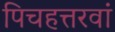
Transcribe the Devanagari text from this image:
पिचहत्तरवां